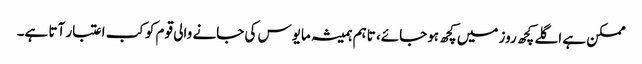
ممکن ہے اگلے کچھ روز میں کچھ ہوجائے، تاہم ہمیشہ مایوس کی جانے والی قوم کو کب اعتبار آتا ہے۔